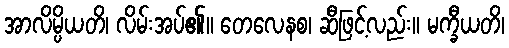
အာလိမ္ပိယတိ၊ လိမ်းအပ်၏။ တေလေနစ၊ ဆီဖြင့်လည်း။ မက္ခီယတိ၊